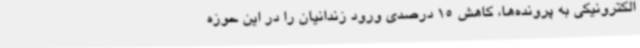
الکترونیکی به پرونده‌ها، کاهش 15 درصدی ورود زندانیان را در این حوزه